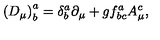
\left( D _ { \mu } \right) _ { b } ^ { a } = \delta _ { b } ^ { a } \partial _ { \mu } + g f _ { b c } ^ { a } A _ { \mu } ^ { c } ,